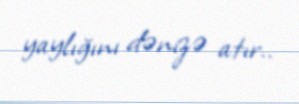
yaylığını dənizə atır..